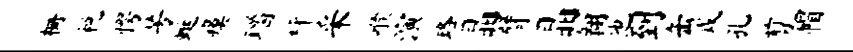
栅税愕芳蜓瘼瑙枰采喉演珞晶臂晶翱他到缶戍孔剪帽